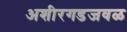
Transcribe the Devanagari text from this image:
अशीरगडजवळ